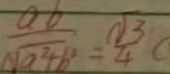
\frac { a b } { \sqrt { a ^ { 2 } + b ^ { 2 } } } = \frac { \sqrt { 3 } } { 4 } (